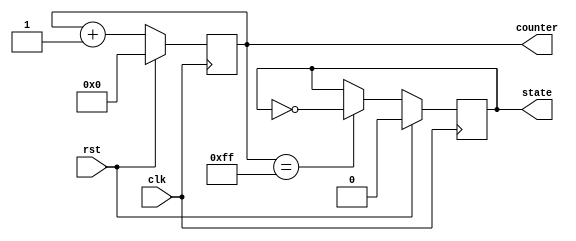
module reset_example (
    input wire clk,           // Clock signal
    input wire rst,           // Reset signal (active high)
    output reg [7:0] counter, // 8-bit counter output
    output reg state          // State register (1-bit)
);

// Synchronous Reset
always @(posedge clk) begin
    if (rst) begin
        // Initialize registers on reset
        counter <= 8'b0;      // Set counter to 0
        state <= 1'b0;        // Set state to IDLE (0)
    end else begin
        // Normal operation: increment counter
        counter <= counter + 1;
        // Example state machine behavior
        if (counter == 8'd255) begin
            state <= ~state;   // Toggle state when counter reaches 255
        end
    end
end

// Asynchronous Reset
// You can also implement an asynchronous reset if needed
/*
always @(posedge clk or posedge rst) begin
    if (rst) begin
        // Initialize registers on reset
        counter <= 8'b0;      // Set counter to 0
        state <= 1'b0;        // Set state to IDLE (0)
    end else begin
        // Normal operation: increment counter
        counter <= counter + 1;
        // Example state machine behavior
        if (counter == 8'd255) begin
            state <= ~state;   // Toggle state when counter reaches 255
        end
    end
end
*/

// Initial block for simulation purposes (not synthesizable)
initial begin
    counter = 8'b0; // Initialize counter
    state = 1'b0;   // Initialize state
end

endmodule